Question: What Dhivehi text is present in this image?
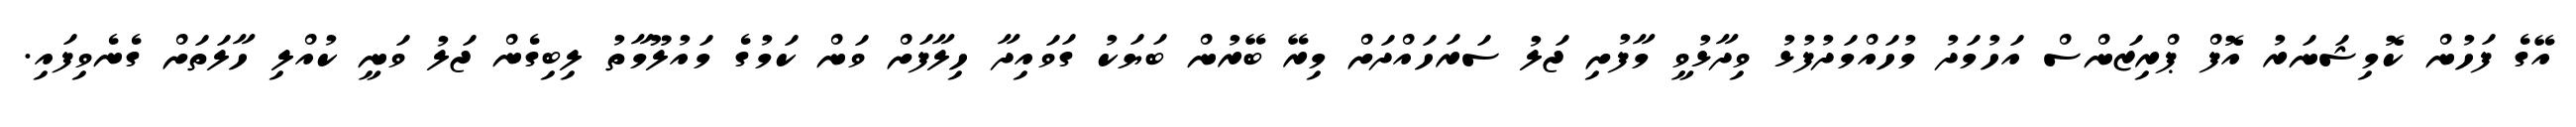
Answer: އޭގެ ފަހުން ކޮމިޝަނަރު އޮފް ޕްރިޒަންސް އަހުމަދު މުހައްމަދުފުޅު ވިދާޅުވީ މާފުށި ޖަލު ސަރަހައްދަށް މިރޭ ބޭރުން ބަޔަކު ގަވައިދާ ހިލާފަށް ވަން ކަމުގެ މައުލޫމާތު ލިބިގެން ޖަލު ވަނީ ކުއްލި ހާލަތަށް ގެނެވިފައި.